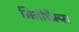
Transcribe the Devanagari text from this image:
मिनीचैम्प्स